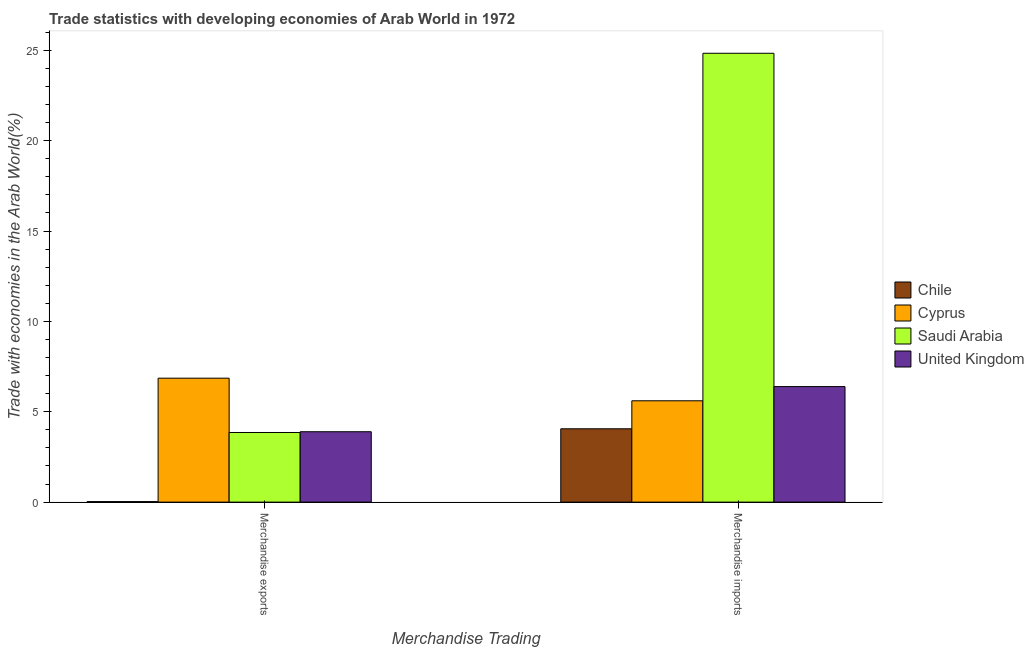
| Merchandise Trading | Chile | Cyprus | Saudi Arabia | United Kingdom |
 | --- | --- | --- | --- | --- |
 | Merchandise exports | 0.0281 | 6.86 | 3.85 | 3.89 |
 | Merchandise imports | 4.06 | 5.61 | 24.8 | 6.39 |